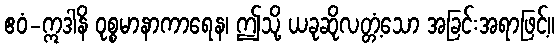
ဧဝံ-ဣဒါနိ ဝုစ္စမာနာကာရေန၊ ဤသို့ ယခုဆိုလတ္တံ့သော အခြင်းအရာဖြင့်။